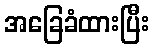
အခြေခံထားပြီး